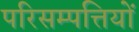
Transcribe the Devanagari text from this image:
परिसम्‍पत्तियों